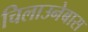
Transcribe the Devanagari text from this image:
चिलाउनेबास